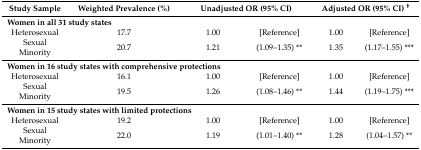
<table><thead><tr><td><b>Study Sample</b></td><td><b>Weighted Prevalence (%)</b></td><td colspan="2"><b>Unadjusted OR (95% CI)</b></td><td colspan="2"><b>Adjusted OR (95% CI) <sup>†</sup></b></td></tr></thead><tbody><tr><td colspan="6"><b>Women in all 31 study states</b></td></tr><tr><td>Heterosexual</td><td>17.7</td><td>1.00</td><td>[Reference]</td><td>1.00</td><td>[Reference]</td></tr><tr><td>Sexual Minority</td><td>20.7</td><td>1.21</td><td>(1.09–1.35) **</td><td>1.35</td><td>(1.17–1.55) ***</td></tr><tr><td colspan="6"><b>Women in 16 study states with comprehensive protections</b></td></tr><tr><td>Heterosexual</td><td>16.1</td><td>1.00</td><td>[Reference]</td><td>1.00</td><td>[Reference]</td></tr><tr><td>Sexual Minority</td><td>19.5</td><td>1.26</td><td>(1.08–1.46) **</td><td>1.44</td><td>(1.19–1.75) ***</td></tr><tr><td colspan="6"><b>Women in 15 study states with limited protections</b></td></tr><tr><td>Heterosexual</td><td>19.2</td><td>1.00</td><td>[Reference]</td><td>1.00</td><td>[Reference]</td></tr><tr><td>Sexual Minority</td><td>22.0</td><td>1.19</td><td>(1.01–1.40) **</td><td>1.28</td><td>(1.04–1.57) **</td></tr></tbody></table>